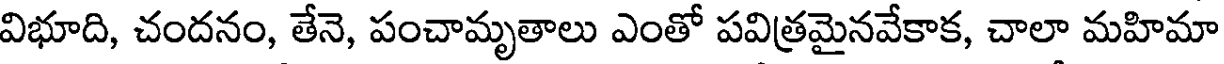
విభూది, చందనం, తేనె, పంచామృతాలు ఎంతో పవిత్రమైనవేకాక, చాలా మహిమా